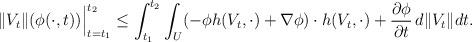
LaTeX: \begin{align*}\|V_t\|(\phi(\cdot,t))\Big|_{t=t_1}^{t_2}\leq \int_{t_1}^{t_2}\int_{U} (-\phi h(V_t,\cdot)+\nabla\phi)\cdot h(V_t,\cdot)+\frac{\partial\phi}{\partial t}\, d\| V_t\|dt.\end{align*}